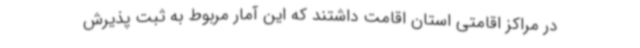
در مراکز اقامتی استان اقامت داشتند که این آمار مربوط به ثبت پذیرش